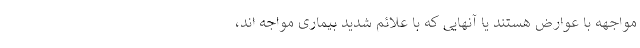
مواجهه با عوارض هستند یا آنهایی که با علائم شدید بیماری مواجه اند،